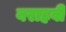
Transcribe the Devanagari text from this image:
बराहवी